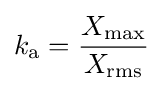
k_{\mathrm {a} }={\frac {X_{\mathrm {max} }}{X_{\mathrm {rms} }}}